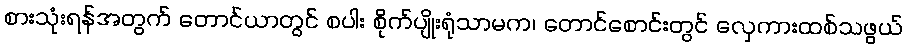
စားသုံးရန်အတွက် တောင်ယာတွင် စပါး စိုက်ပျိုးရုံသာမက၊ တောင်စောင်းတွင် လှေကားထစ်သဖွယ်